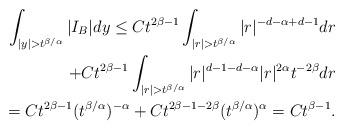
LaTeX: \begin{align*}\int_{|y|>t^{\beta/\alpha}}|I_{B}|dy \le C t^{2\beta - 1}\int_{|r| > t^{\beta/\alpha}}|r|^{-d-\alpha + d - 1}dr \\+C t^{2\beta - 1}\int_{|r| > t^{\beta/\alpha}}|r|^{d-1-d-\alpha}|r|^{2\alpha}t^{-2\beta}dr \\=Ct^{2\beta - 1}(t^{\beta/\alpha})^{-\alpha} + C t^{2\beta - 1 - 2\beta}(t^{\beta/\alpha})^{\alpha} = Ct^{\beta - 1}.\end{align*}